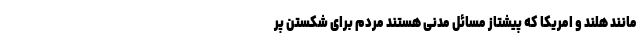
مانند هلند و امریکا که پیشتاز مسائل مدنی هستند مردم برای شکستن پر